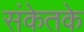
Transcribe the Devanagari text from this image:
संकेतके